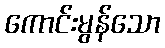
ကောင်းမွန်သော